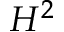
H ^ { 2 }